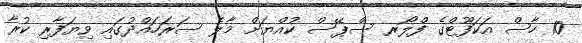
10 ހާސް އަކަފޫޓްގެ ފްލޯރ ސްޕޭސް ކުއްޔަށް މާލެ ސަރަހައްދުގައި ވިޔަފާރި ކުރާ